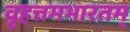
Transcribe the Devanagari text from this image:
वृहत्तमभारतम्